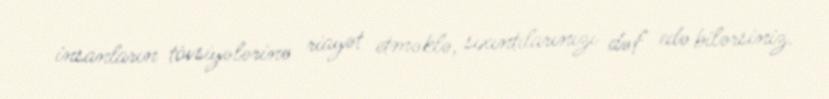
insanların tövsiyələrinə riayət etməklə, sıxıntılarınızı dəf edə bilərsiniz.